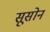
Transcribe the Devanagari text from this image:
सूसोन